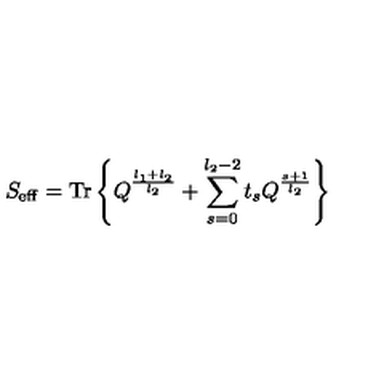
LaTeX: S _ { \mathrm { \scriptsize { e f f } } } = \mathrm { T r } \left\{ Q ^ { \frac { l _ { 1 } + l _ { 2 } } { l _ { 2 } } } + \sum _ { s = 0 } ^ { l _ { 2 } - 2 } t _ { s } Q ^ { \frac { s + 1 } { l _ { 2 } } } \right\}